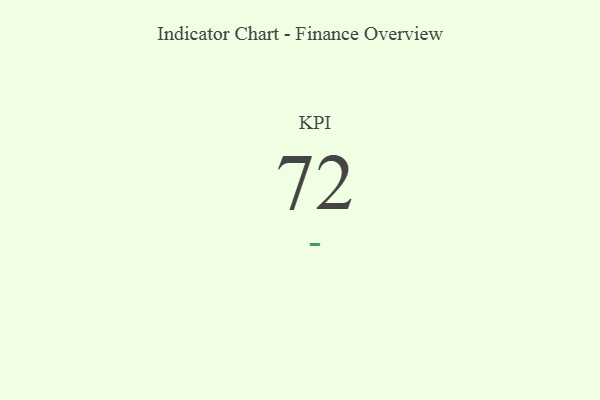
{"axis": {"x": "KPI", "y": "Value"}, "legend": [""], "data": [{"x": "KPI", "y": 72, "type": ""}]}